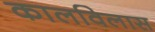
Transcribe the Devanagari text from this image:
कालविलास